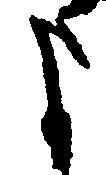
よ